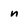
Character: n